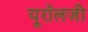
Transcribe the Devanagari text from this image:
यूरॉलजी